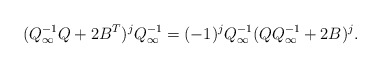
\begin{align*}(Q_{\infty}^{-1}Q+2B^T)^jQ_{\infty}^{-1}=(-1)^jQ_{\infty}^{-1}(QQ_{\infty}^{-1}+2B)^j.\end{align*}